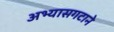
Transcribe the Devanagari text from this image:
अभ्यासगटाने